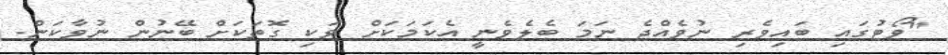
"ވޯޓުގައި ބައިވެރި ނުވެއްޖެ ނަމަ ބެލެވެނީ އެކަމަކަށް ވަކި ގޮތަކަށް ބޭނުން ނުވާކަން.